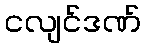
ငလျင်ဒဏ်